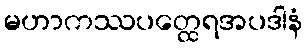
မဟာကဿပတ္ထေရအပဒါနံ